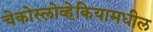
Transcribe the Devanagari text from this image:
चेकोस्लोव्हेकियामधील